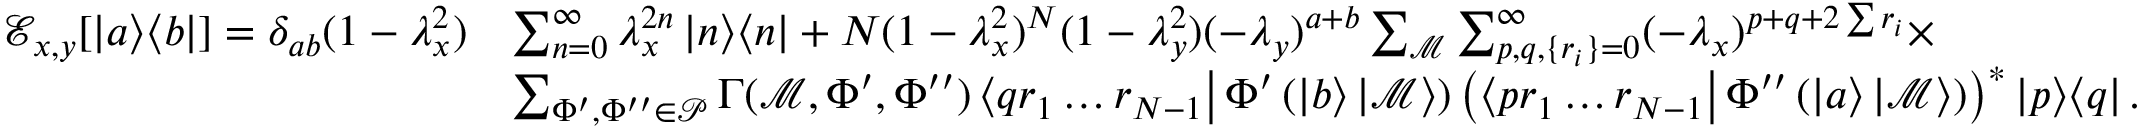
\begin{array} { r l } { \mathcal { E } _ { x , y } [ \left| a \middle > \middle < b \right| ] = \delta _ { a b } ( 1 - \lambda _ { x } ^ { 2 } ) } & { \sum _ { n = 0 } ^ { \infty } \lambda _ { x } ^ { 2 n } \left| n \middle > \middle < n \right| + N ( 1 - \lambda _ { x } ^ { 2 } ) ^ { N } ( 1 - \lambda _ { y } ^ { 2 } ) ( - \lambda _ { y } ) ^ { a + b } \sum _ { \mathcal { M } } \sum _ { p , q , \{ r _ { i } \} = 0 } ^ { \infty } ( - \lambda _ { x } ) ^ { p + q + 2 \sum r _ { i } } \times } \\ & { \sum _ { \Phi ^ { \prime } , \Phi ^ { \prime \prime } \in \mathcal { P } } \Gamma ( \mathcal { M } , \Phi ^ { \prime } , \Phi ^ { \prime \prime } ) \left< q r _ { 1 } \ldots r _ { N - 1 } \right| \Phi ^ { \prime } \left( \left| b \right> \left| \mathcal { M } \right> \right) \left( \left< p r _ { 1 } \ldots r _ { N - 1 } \right| \Phi ^ { \prime \prime } \left( \left| a \right> \left| \mathcal { M } \right> \right) \right) ^ { * } \left| p \middle > \middle < q \right| . } \end{array}